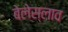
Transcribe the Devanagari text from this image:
बेलेस्लाव